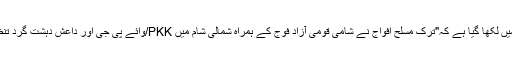
ایردوان کے ترکی، انگریزی اور عربی زبان میں پیغام میں لکھا گیا ہے کہ"ترک مسلح افواج نے شامی قومی آزاد فوج کے ہمراہ شمالی شام میں PKK/وائے پی جی اور داعش دہشت گرد تنظیموں کے خلاف پیس سپرنگ آپریشن شروع کر دیا ہے۔